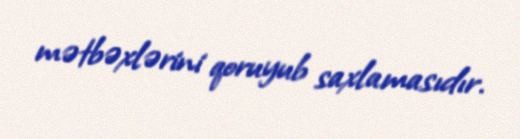
mətbəxlərini qoruyub saxlamasıdır.